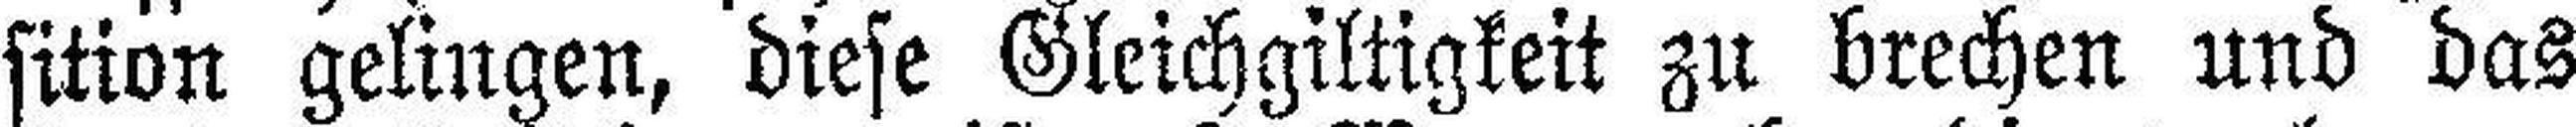
sition gelingen, diese Gleichgiltigkeit zu brechen und das